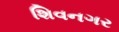
શિવનગર